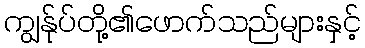
ကျွန်ုပ်တို့၏ဖောက်သည်များနှင့်